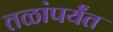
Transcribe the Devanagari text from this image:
तळांपर्यंत